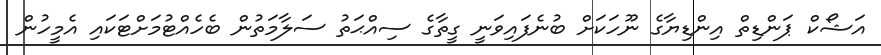
އަޝޯކް ޕަންޑިތް އިންޑިޔާގެ ނޫހަކަށް ބުނެފައިވަނީ ގީތާގެ ސިއްޙަތު ސަލާމަތުން ބެހެއްޓުމަށްޓަކައި އެމީހުން